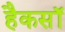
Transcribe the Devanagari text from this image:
हैकसॉ